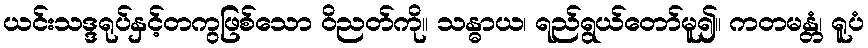
ယင်းသဒ္ဒရုပ်နှင့်တကွဖြစ်သော ဝိညတ်ကို။ သန္ဓာယ၊ ရည်ရွယ်တော်မူ၍။ ကတမန္တံ၊ ရူပံ